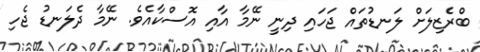
ބްރެޒިލަށް ލަނޑުތައް ޖަހައި ދިނީ ނޭމާ އާއި އޮސްކާއެވެ. ނޭމާ ދެލަނޑު ޖެހި